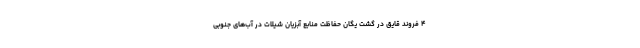
۴ فروند قایق در گشت یگان حفاظت منابع آبزیان شیلات در آب‌های جنوبی